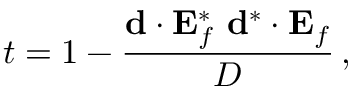
t = 1 - \frac { \mathbf { d } \cdot \mathbf { E } _ { f } ^ { * } \, \, \mathbf { d } ^ { * } \cdot \mathbf { E } _ { f } } { D } \, ,